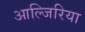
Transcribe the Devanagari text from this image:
आल्जिरिया